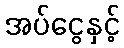
အပ်ငွေနှင့်